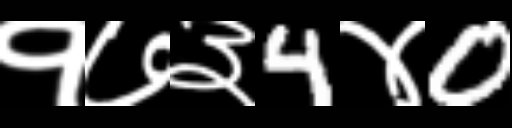
Text: १७३4४0